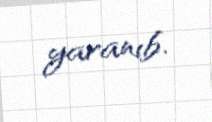
yaranıb.